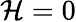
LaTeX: \mathcal{H}=0